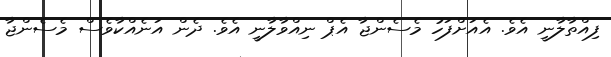
ފިއްތާލާނީ އެވެ. އެއަށްފަހު މެސެންޖާ އެޕް ނިއްވާލާނީ އެވެ. ދެން އަނެއްކާވެސް މެސެންޖާ